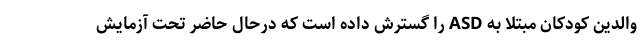
والدین کودکان مبتلا به ASD را گسترش داده است که درحال حاضر تحت آزمایش